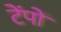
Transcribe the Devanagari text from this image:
टेंपों